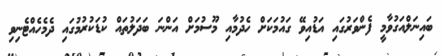
ބައިނަލްއަގުވާމީ ފެންވަރުގައި އަޑުއިވޭ ގައުމަކަށް ހެދުމާއި މޫސުމަށް އަންނަ ބަދަލުތައް ކުޑަކުރުމުގައި ދެމެހެއްޓެނިވި